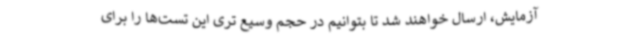
آزمایش، ارسال خواهند شد تا بتوانیم در حجم وسیع تری این تست‌ها را برای